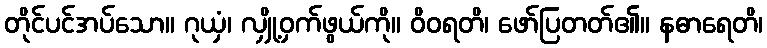
တိုင်ပင်အပ်သော။ ဂုယှံ၊ လျှို့ဝှက်ဖွယ်ကို။ ဝိဝရတိ၊ ဖော်ပြတတ်၏။ နဓာရေတိ၊